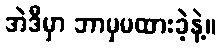
အဲဒီမှာ ဘာမှမထားခဲ့နဲ့။